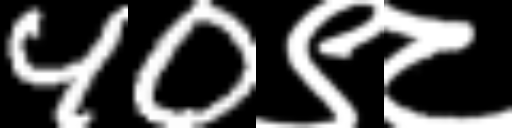
Text: 40९८